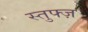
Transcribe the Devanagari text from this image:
स्तुफ्ज़